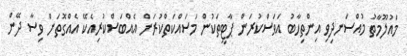
މައުލޫމާތު މުއްސަނދިވި އިންތިހާބު އަވަސްކުރަން ޕާޓީތަކުން މަސައްކަތްކުރަން އެއްބަސްކުރިއެކޭ އެއްގޮތަށް ވިސާ ދޭން